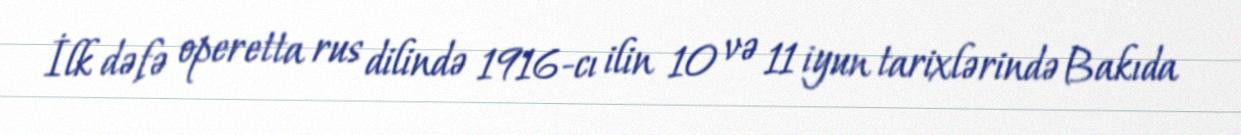
İlk dəfə operetta rus dilində 1916-cı ilin 10 və 11 iyun tarixlərində Bakıda